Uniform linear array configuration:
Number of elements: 12
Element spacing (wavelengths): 0.25
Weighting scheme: cosine
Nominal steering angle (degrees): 30
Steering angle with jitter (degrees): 29.682
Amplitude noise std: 0.05
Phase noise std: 0.05

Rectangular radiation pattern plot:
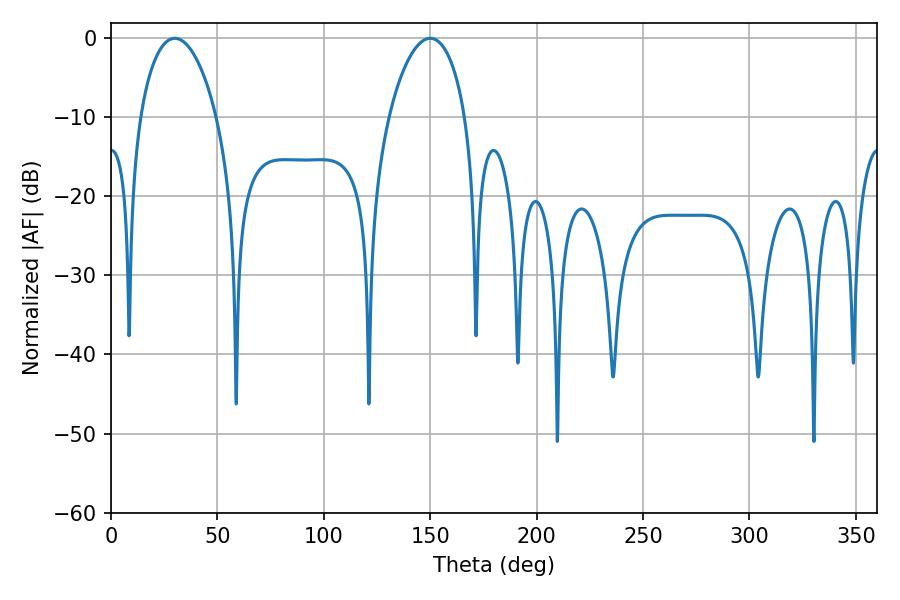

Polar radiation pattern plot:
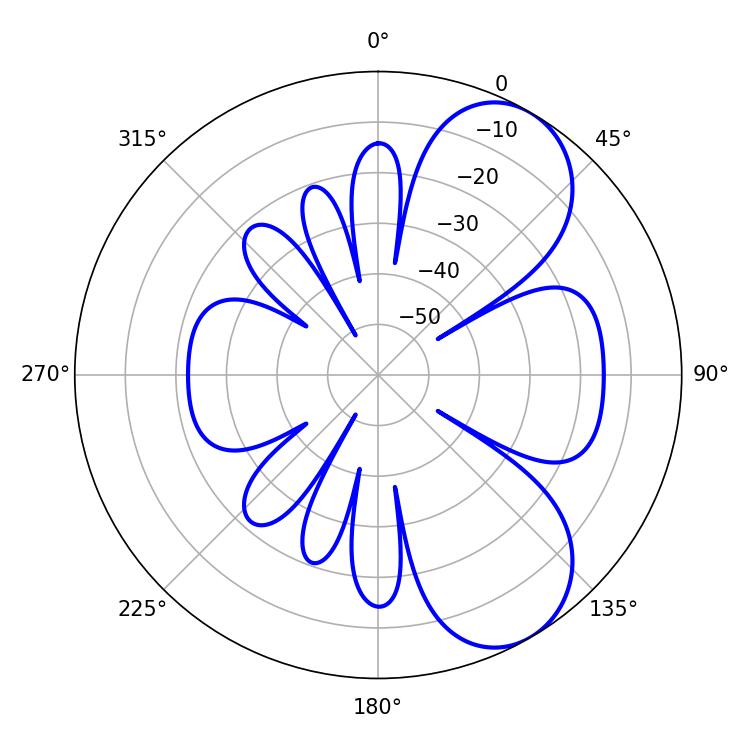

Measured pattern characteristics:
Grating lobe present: FALSE
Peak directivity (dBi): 7.056
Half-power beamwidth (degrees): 20.34
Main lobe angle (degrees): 30.06